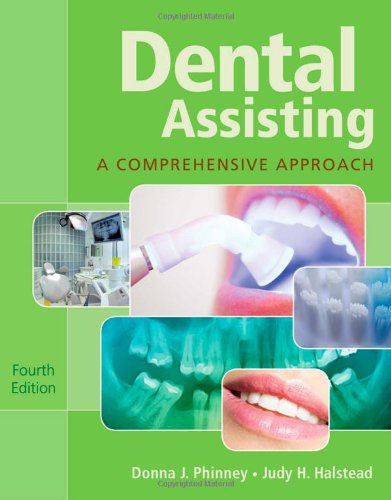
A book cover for Dental Assisting: A Comprehensive Approach (with Studyware); Donna J. Phinney; Medical Books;